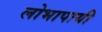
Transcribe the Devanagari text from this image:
लोभापायी